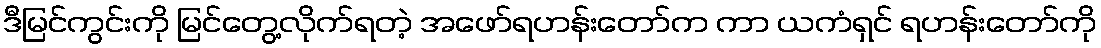
ဒီမြင်ကွင်းကို မြင်တွေ့လိုက်ရတဲ့ အဖော်ရဟန်းတော်က ကာ ယကံရှင် ရဟန်းတော်ကို